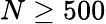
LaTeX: N\geq 500